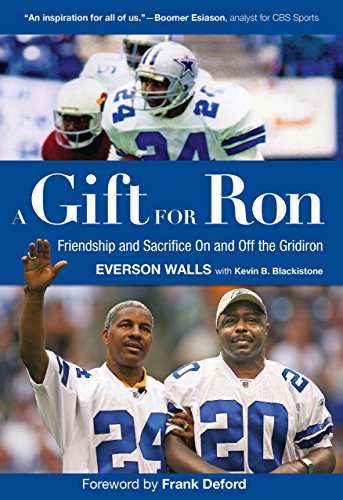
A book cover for A Gift for Ron: Friendship and Sacrifice On and Off the Gridiron; Everson Walls; Health, Fitness & Dieting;